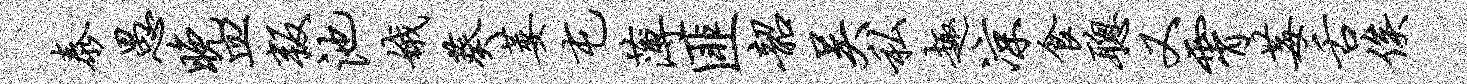
泰愚晚皿叛池娥葵萎屯薄匪韶吴私趣凉食聪又霄莓舌俟